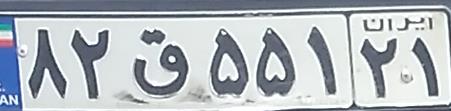
۸۲ق۵۵۱۲۱